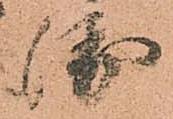
衛